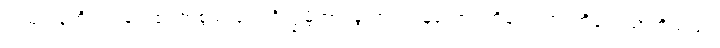
ကျမ်းဂန်ကိုသင်ခြင်း၏ အစွမ်းဖြင့်။ ဝိက္ခမ္ဘိတာ၊ ခွာအပ်ကုန်သော။ ကိလေသာ၊ ကိလေသာတို့သည်။